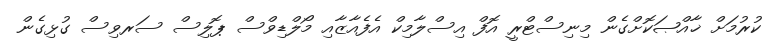
ކުރުމަށް ޚާއްޞަކޮށްގެން މިނިސްޓްރީ އޮފް އިސްލާމިކް އެފެއާޒާއި މޯލްޑިވްސް ޕޮލިސް ސަރވިސް ގުޅިގެން